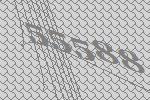
55588